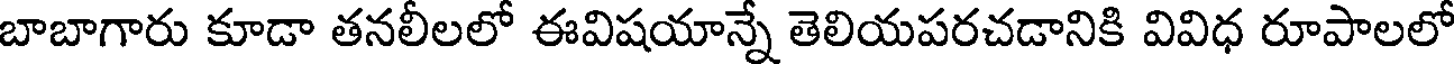
బాబాగారు కూడా తనలీలలో ఈవిషయాన్నే తెలియపరచడానికి వివిధ రూపాలలో